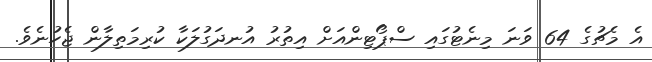
އެ މެޗުގެ 64 ވަނަ މިނެޓުގައި ސްޕޯޓިންއަށް އިތުރު އުނދަގުލަކާ ކުރިމަތިލާން ޖެހުނެވެ.